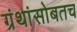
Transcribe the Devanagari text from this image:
ग्रंथांसोबतच